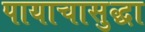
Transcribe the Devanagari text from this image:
पायाचासुद्धा